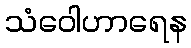
သံဝေါဟာရေန